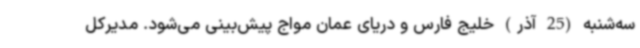
سه‌شنبه (25 آذر) خلیج فارس و دریای عمان مواج پیش‌بینی می‌شود. مدیرکل